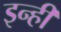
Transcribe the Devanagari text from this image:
इन्‍ही